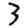
Digit: 3